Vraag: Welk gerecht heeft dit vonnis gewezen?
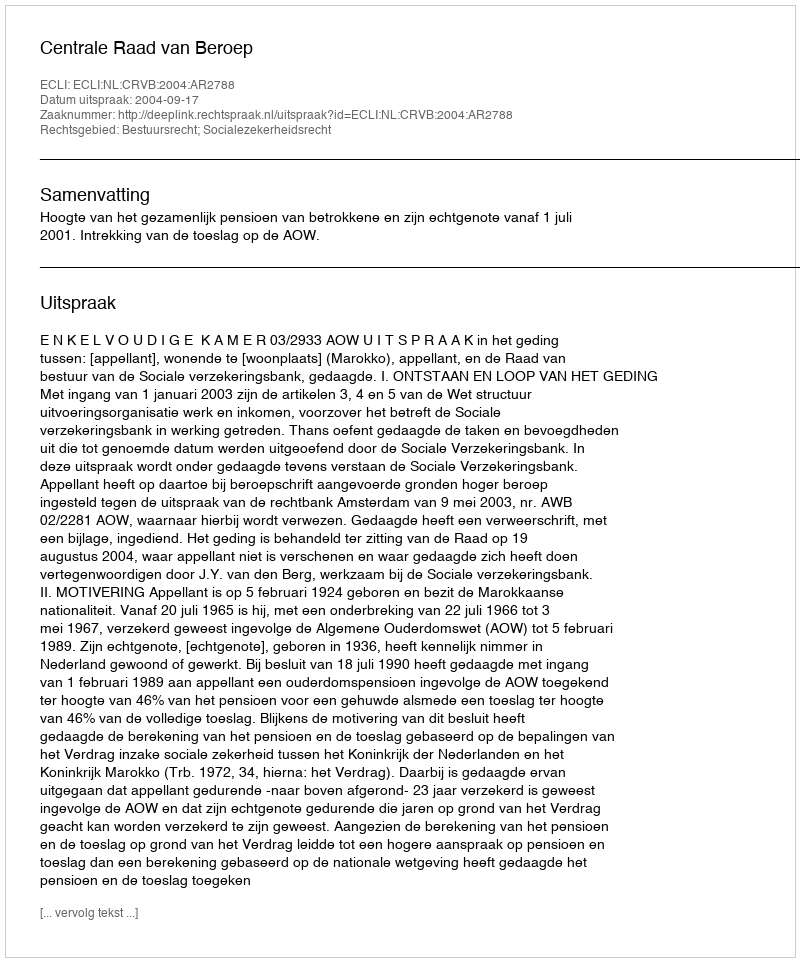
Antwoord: Centrale Raad van Beroep